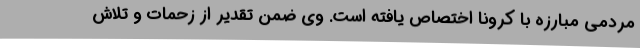
مردمی مبارزه با کرونا اختصاص یافته است. وی ضمن تقدیر از زحمات و تلاش